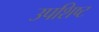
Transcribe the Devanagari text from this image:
उपशिष्ट